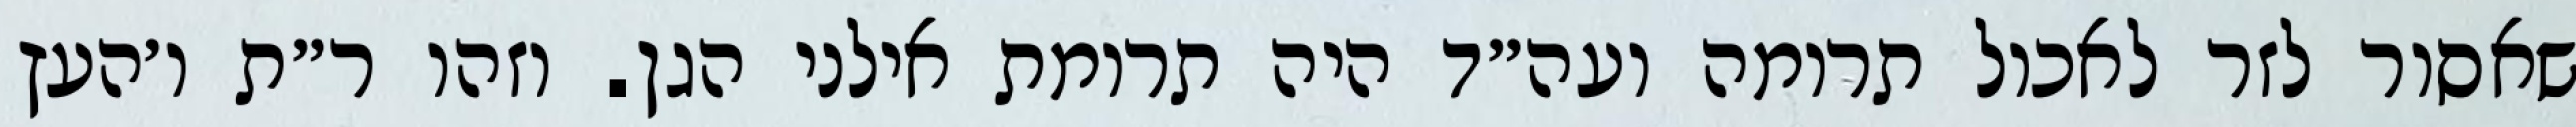
שאסור לזר לאכול תרומה ועה״ד היה תרומת אילני הגן. וזהו ר״ת ו׳העץ